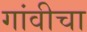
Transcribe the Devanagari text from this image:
गांवीचा